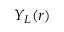
Y _ { L } ( r )